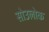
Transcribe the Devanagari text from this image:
सोउलोक